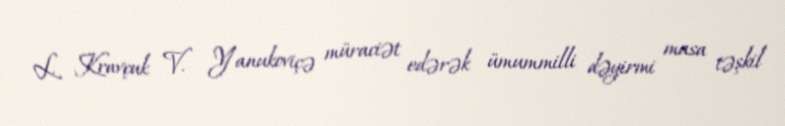
L. Kravçuk V. Yanukoviçə müraciət edərək ümummilli dəyirmi masa təşkil